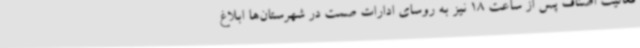
فعالیت اصناف پس از ساعت 18 نیز به روسای ادارات صمت در شهرستان‌ها ابلاغ